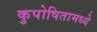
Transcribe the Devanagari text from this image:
कुपोषितामध्ये